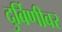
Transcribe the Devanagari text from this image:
दुर्बिणीवर